Plague in India, 1896, 1897 - Volume 1
Year: 1896
Disease focus: Plague
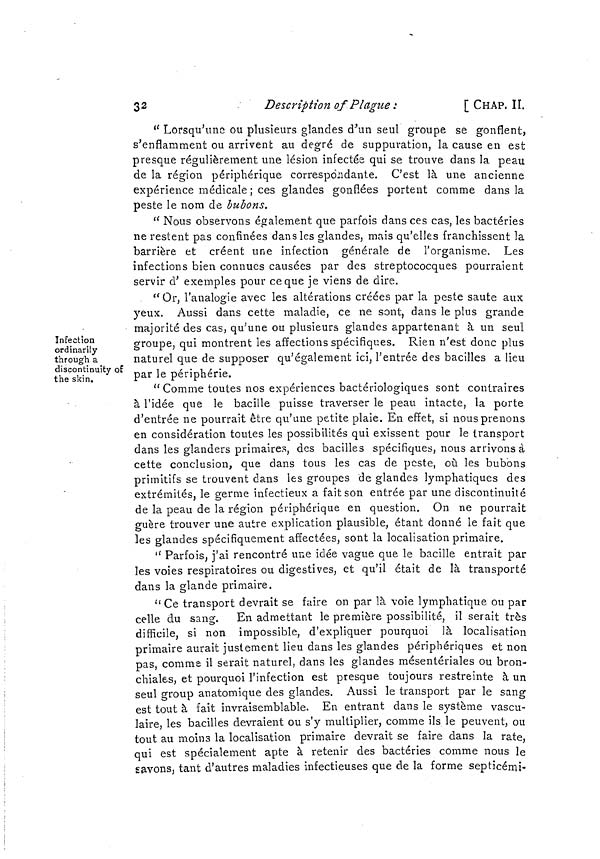
32
Description of Plague :
[ CHAP. II.
" Lorsqu'une ou plusieurs glandes d'un seul groupe se gonflent,
s'enflamment ou arrivent au degré de suppuration, la cause en est
presque régulièrement une lésion infectée qui se trouve dans la peau
de la région périphérique correspondante. C'est là une ancienne
expérience médicale ; ces glandes gonflées portent comme dans la
peste le nom de bubons.
" Nous observons également que parfois dans ces cas, les bactéries
ne restent pas confinées dans les glandes, mais qu'elles franchissent la
barrière et créent une infection générale de l'organisme. Les
infections bien connues causées par des streptococques pourraient
servir d' exemples pour ce que je viens de dire.
Infection
ordinarily
through a
discontinuity of
the skin.
"Or, l'analogie avec les altérations créées par la peste saute aux
yeux. Aussi dans cette maladie, ce ne sont, dans le plus grande
majorité des cas, qu'une ou plusieurs glandes appartenant à un seul
groupe, qui montrent les affections spécifiques. Rien n'est donc plus
naturel que de supposer qu'également ici, l'entrée des bacilles a lieu
par le périphérie.
"Comme toutes nos expériences bactériologiques sont contraires
à l'idée que le bacille puisse traverser le peau intacte, la porte
d'entrée ne pourrait être qu'une petite plaie. En effet, si nous prenons
en considération toutes les possibilités qui exissent pour le transport
dans les glanders primaires, des bacilles spécifiques, nous arrivons à
cette conclusion, que dans tous les cas de peste, où les bubons
primitifs se trouvent dans les groupes de glandes lymphatiques des
extrémités, le germe infectieux a fait son entrée par une discontinuité
de la peau de la région périphérique en question. On ne pourrait
guère trouver une autre explication plausible, étant donné le fait que
les glandes spécifiquement affectées, sont la localisation primaire.
" Parfois, j'ai rencontré une idée vague que le bacille entrait par
les voies respiratoires ou digestives, et qu'il était de là transporté
dans la glande primaire.
" Ce transport devrait se faire on par là voie lymphatique ou par
celle du sang. En admettant le première possibilité, il serait très
difficile, si non impossible, d'expliquer pourquoi là localisation
primaire aurait justement lieu dans les glandes périphériques et non
pas, comme il serait naturel, dans les glandes mésentériales ou bron-
chiales, et pourquoi l'infection est presque toujours restreinte à un
seul group anatomique des glandes. Aussi le transport par le sang
est tout à fait invraisemblable. En entrant dans le système vascu-
laire, les bacilles devraient ou s'y multiplier, comme ils le peuvent, ou
tout au moins la localisation primaire devrait se faire dans la rate,
qui est spécialement apte à retenir des bactéries comme nous le
savons, tant d'autres maladies infectieuses que de la forme septicémi-